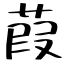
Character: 葭